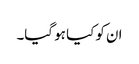
ان کو کیا ہو گیا۔